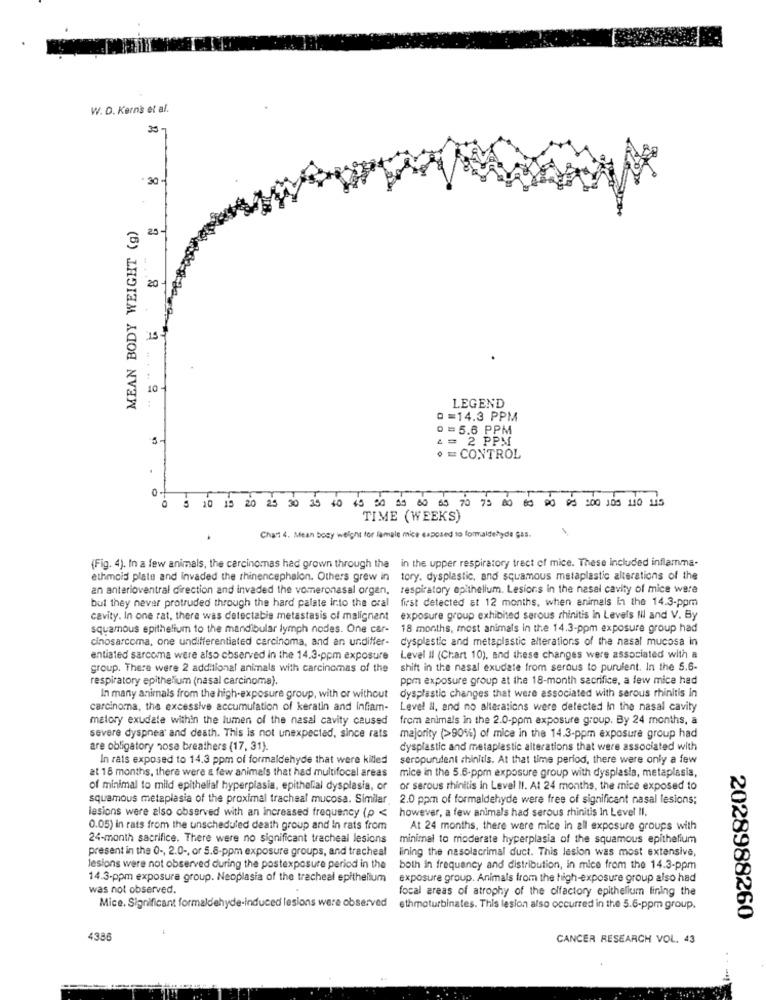
W. D. Kern's et al.
357
30 -
MEAN BODY WEIGHT (g)
20
15
LEGEND
0=14.3 PPM
0 = 5.6 PPM
& = 2 PPM
0 = CONTROL
0
0 5 10 13 20 25 30 35 40 45 90 30 60 60 70 75 00 00 00 05 :00 105 110 115
TIME (WEEKS)
Chan 4. Mean bouy welchs for lamale mice exposed to formaldehyde gas.
(Fig. 4). In a few animals, the carcinomas hed grown through the in the upper respiratory tract of mice. These Included inflamma-
ethmoid plate and invaded the thinencephalon. Others grew in tory. dysplastic, and squamous metaplastic alterations of the
an anterioventral direction and invaded the vomeronasal organ, respiratory epithelium. Lesions in the nasal cavity of mice were
but they never protruded through the hard palate into the oral first detected at 12 months, when animals In the 14.3-ppm
cavity. In one rat, there was detectable metastasis of malignant
exposure group exhibited serous rhinitis in Levels Nil and V. By
squamous epithelium to the mandibular lymph nodes. One car-
18 months, most animals in the 14.3-ppm exposure group had
cinosarcoma, one undifferentiated carcinoma, and an undiffer-
dysplastic and metaplastic alterations of the nasal mucosa in
entiated sarcoma were also observed in the 14.3-ppm exposure
Level Il (Chart 10), and these changes were associated with a
group. There were 2 additional animals with carcinomas of the
shift in the nasal exudate from serous to purulent. In the 5.6-
respiratory epithelium (nasal carcinoma).
ppm exposure group at the 18-month sacrifice, a few mice had
In many animals from the high-exposure group, with or without
dysplastic changes that were associated with serous rhinitis in
carcinoma, the excessive accumulation of keratin and infiam-
Level &, and no alterations were detected In the nasal cavity
malory exudate within the lumen of the nasal cavity caused
from animals in the 2.0-ppm exposure group. By 24 months, a
severe dyspnea and death. This is not unexpected, since rats
majority (>90%) of mice in the 14.3-ppm exposure group had
are obligatory nose breathers (17, 31).
dysplastic and metaplastic alterations that were associated with
In rats exposed to 14.3 ppm of formaldehyde that were killed
seropurulent rhinitis. At that time period, there were only a few
at 18 months, there were & few animals that had multifocal areas
mice in the 5.6-ppm exposure group with dysplasia, metaplasia,
of minimal to mild epithelial hyperplasia, epithelial dysplasia, or
or serous rhinitis in Level II. At 24 months, the mice exposed to
squamous metaplasia of the proximal tracheal mucosa. Similar. 2.0 ppm of formaldehyde were free of significant nasal lesions;
lesions were also observed with an increased frequency (p <
however, a few animals had serous rhinitis In Level II.
0.05) in rats from the unscheduled death group and In rats from
At 24 months, there were mice In all exposure groups with
24-month sacrifice. There were no significant tracheal lesions
minimal to moderate hyperplasia of the squamous epithelium
present in the 0 -, 2.0 -, or 5.6-ppm exposure groups, and tracheal
lining the nasolacrimal duct. This lesion was most extensive,
lesions were not observed during the postexposure period in the
both in frequency and distribution, in mice from the 14.3-ppm
14.3-ppm exposure group. Neoplasia of the tracheal epithelium
exposure group. Animals from the high-exposure group also had
was not observed.
focal areas of atrophy of the olfactory epithelium lining the
Mice. Significant formaldehyde-induced lesions were observed
ethmoturbinales. This lesion also occurred in the 5.6-ppm group.
2028988260
4386
CANCER RESEARCH VOL. 43